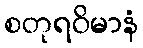
စတုရဝိမာနံ